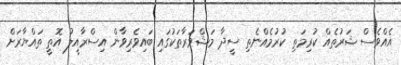
އެއްވެސް ޝަރުތެއް ކުރިމަތި ކުރުމެއްނެތި ސީދާ މަޝްވަރާތަކުގައި ބައިވެރިވާން އިސްރާއީލު އޮތީ ތައްޔާރަށް